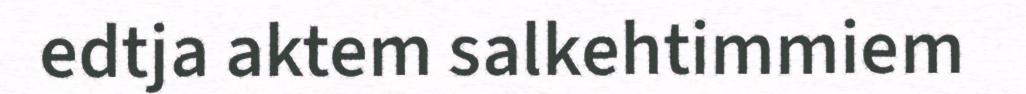
edtja aktem salkehtimmiem